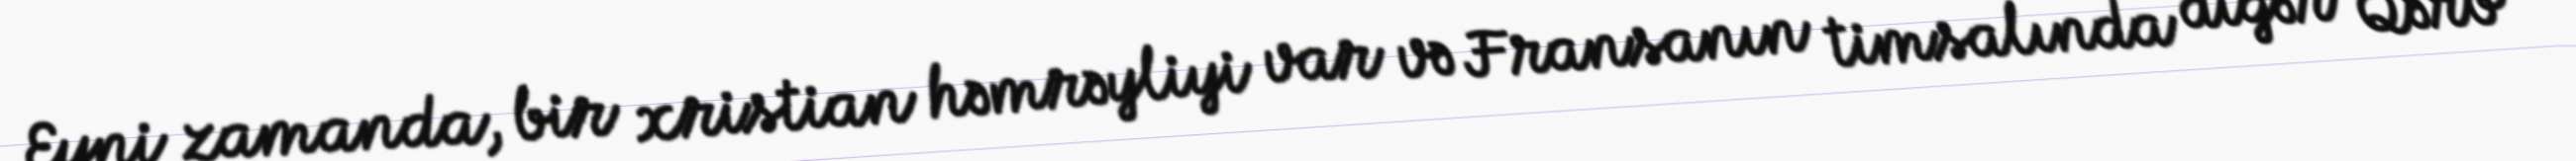
Eyni zamanda, bir xristian həmrəyliyi var və Fransanın timsalında digər Qərb